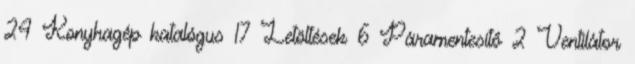
24 Konyhagép katalógus 17 Letöltések 6 Páramentesítő 2 Ventilátor